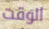
الوقت